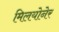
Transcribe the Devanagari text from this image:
मिलयोनेर